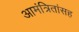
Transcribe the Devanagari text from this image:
आमंत्रितांसह